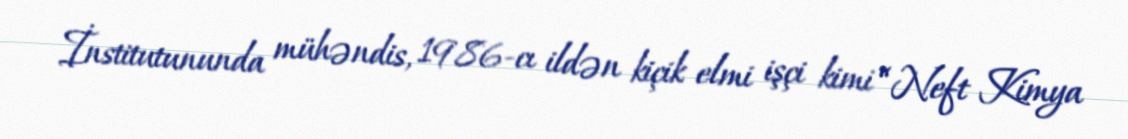
İnstitutununda mühəndis, 1986-cı ildən kiçik elmi işçi kimi “Neft Kimya